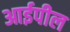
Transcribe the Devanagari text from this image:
आईपील